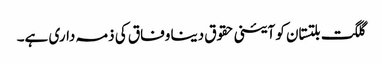
گلگت بلتستان کو آئینی حقوق دینا وفاق کی ذمہ داری ہے۔